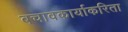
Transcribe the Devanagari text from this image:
बचावकार्याकरिता